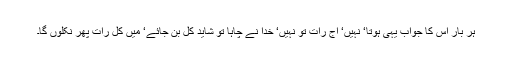
ہر بار اس کا جواب یہی ہوتا‘ نہیں‘ آج رات تو نہیں‘ خدا نے چاہا تو شاید کل بن جائے‘ میں کل رات پھر نکلوں گا۔